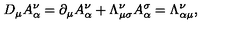
D _ { \mu } A _ { \alpha } ^ { \nu } = \partial _ { \mu } A _ { \alpha } ^ { \nu } + \Lambda _ { \mu \sigma } ^ { \nu } A _ { \alpha } ^ { \sigma } = \Lambda _ { \alpha \mu } ^ { \nu } ,